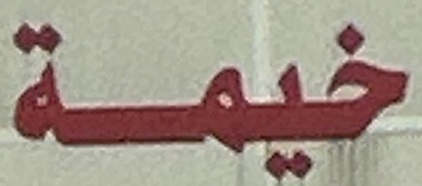
خيمة